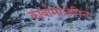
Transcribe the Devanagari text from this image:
कार्बामाज़ेपिन